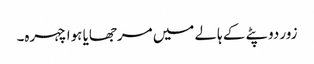
زور دوپٹے کے ہالے میں مرجھایا ہوا چہرہ۔